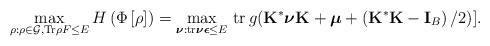
LaTeX: \begin{align*}\max_{\rho :\rho \in \mathcal{G},\mathrm{Tr}\rho F\leq E}H\left( \Phi \left[\rho \right] \right) =\max_{\boldsymbol{\nu }:\mathrm{tr}\boldsymbol{\nu\epsilon }\leq E}\,\mathrm{tr\,}g(\mathbf{K}^{\ast }\boldsymbol{\nu}\mathbf{K}+\boldsymbol{\mu} +\left( \mathbf{K}^{\ast }\mathbf{K}-\mathbf{I}_{B}\right) /2)]. \end{align*}